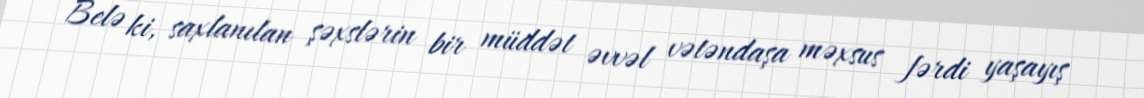
Belə ki, saxlanılan şəxslərin bir müddət əvvəl vətəndaşa məxsus fərdi yaşayış